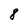
Character: 8